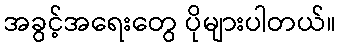
အခွင့်အရေးတွေ ပိုများပါတယ်။